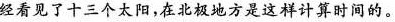
经看见了十三个太阳，在北极地方是这样计算时间的。